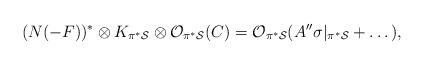
LaTeX: \begin{align*}(N(-F))^{*}\otimes K_{\pi^* {\cal S}}\otimes {\cal O}_{\pi^* {\cal S}}(C) ={\cal O}_{\pi^{*}{\cal S}}(A^{\prime \prime} \sigma|_{\pi^* {\cal S}}+ \dots ),\end{align*}